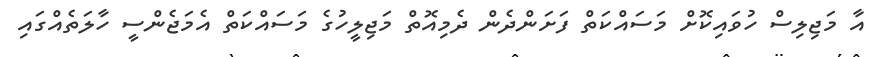
އާ މަޖިލިސް ހުވައިކޮށް މަސައްކަތް ފަށަންދެން ދެމިއޮތް މަޖިލީހުގެ މަސައްކަތް އެމަޖެންސީ ހާލަތެއްގައި